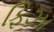
ફિઝા